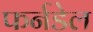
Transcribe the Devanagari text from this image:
फर्नडेल